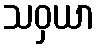
သဝှယာ